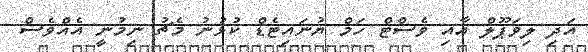
އަދި ލިވަޕޫލް އާއި ވެސްޓް ހަމް ޔުނައިޓެޑް ކުޅުނު މެޗު ނިމުނީ އެއްވެސް